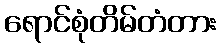
ရောင်စုံတိမ်တံတား